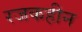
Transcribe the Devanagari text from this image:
रजकहीन